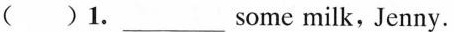
( )1.___some milk, Jenny.